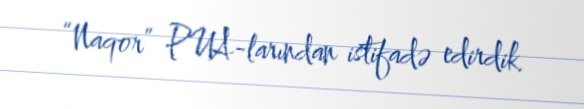
“Naqor” PUA-larından istifadə edirdik.